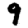
Digit: 9